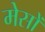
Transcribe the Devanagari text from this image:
मेसों